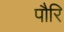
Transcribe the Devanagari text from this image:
पौरि